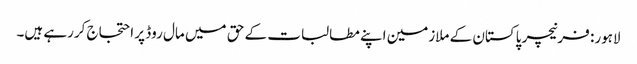
لاہور: فرنیچر پاکستان کے ملازمین اپنے مطالبات کے حق میں مال روڈ پر احتجاج کررہے ہیں۔